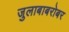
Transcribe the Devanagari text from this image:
जुलाबाबरोबर